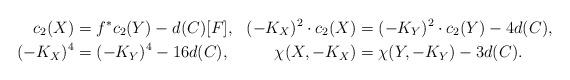
LaTeX: \begin{align*}c_2(X)&=f^*c_2(Y)-d(C)[F], &(-K_X)^2\cdot c_2(X)&=(-K_Y)^2\cdot c_2(Y)-4d(C),\\(-K_X)^4&=(-K_Y)^4-16d(C), &\chi(X,-K_X)&=\chi(Y,-K_Y)-3d(C).\end{align*}